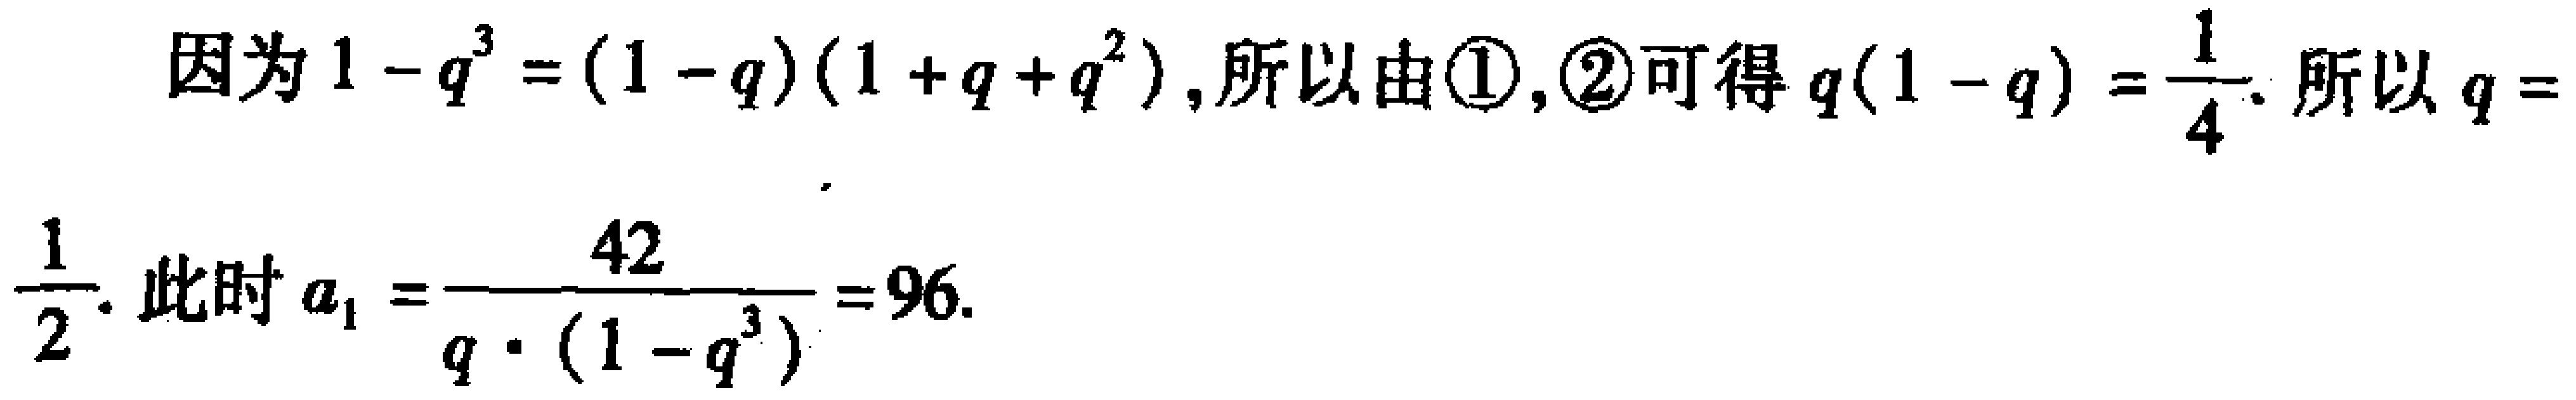
因为\(1 - q^{3} = (1 - q)(1 + q + q^{2})\)，所以由\textcircled{1},\textcircled{2}可得\(q(1 - q) = \frac{1}{4}\). 所以\(q = \frac{1}{2}\). 此时\(a_{1} = \frac{42}{q\cdot(1 - q^{3})} = 96\).